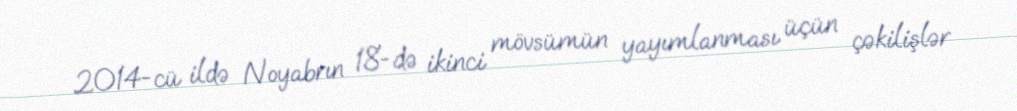
2014-cü ildə Noyabrın 18-də ikinci mövsümün yayımlanması üçün çəkilişlər